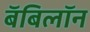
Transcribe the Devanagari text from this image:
बॅबिलॉन